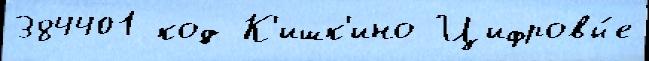
384401 код К'ишк'ино Цифровы́е